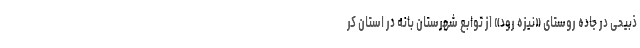
ذبيحی در جاده روستای «نیزه رود» از توابع شهرستان بانه در استان کر